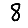
Digit: 8